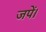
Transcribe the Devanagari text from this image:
जपें।